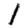
Digit: 1